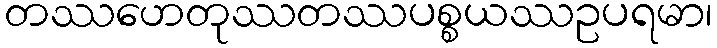
တဿဟေတုဿတဿပစ္စယဿဥပရမာ၊